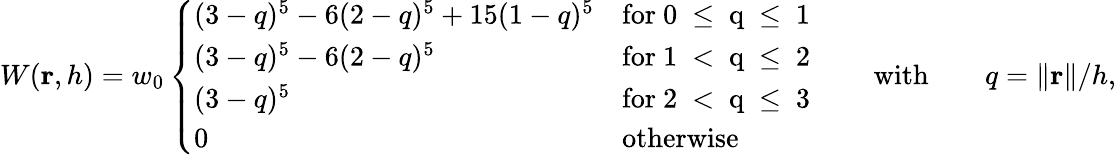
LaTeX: W(\mathbf{r},h)=w_{0}\left\{ \begin{array}{ll}{(3-q)^{5}-6(2-q)^{5}+15(1-q)^{5}}&{\mathrm{for~0~\leq~q~\leq~1~}}\\ {(3-q)^{5}-6(2-q)^{5}}&{\mathrm{for~1~<~q~\leq~2~}}\\ {(3-q)^{5}}&{\mathrm{for~2~<~q~\leq~3~}}\\ {0}&{\mathrm{otherwise}}\end{array}\right.\qquad\mathrm{with}\qquad q={\lVert}\mathbf{r}{\rVert}/h,